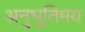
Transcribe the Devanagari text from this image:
अनुभूतिमय